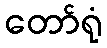
တော်ရုံ